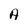
Character: A